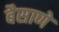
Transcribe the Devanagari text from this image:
बैसाणे